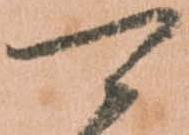
可